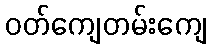
ဝတ်ကျေတမ်းကျေ